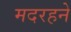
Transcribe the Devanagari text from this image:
मदरहने